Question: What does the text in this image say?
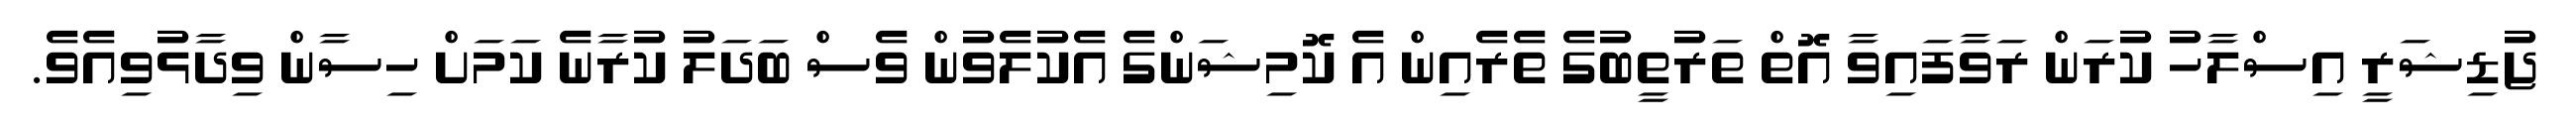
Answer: ޖުޑިޝަރީ އިސްލާހު ކުރަން ރަވާފައިވާ އޮތް ތަރުތީބުގެ ތެރެއިން އެ ކޮމިޝަންގެ އެކުލެވުން ވެސް ބަދަލު ކުރާނެ ކަމަށް ހިސާން ވިދާޅުވިއެވެ.